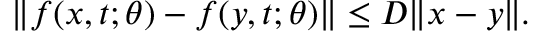
\begin{array} { r } { \Vert f ( x , t ; \theta ) - f ( y , t ; \theta ) \Vert \leq D \Vert x - y \Vert . } \end{array}